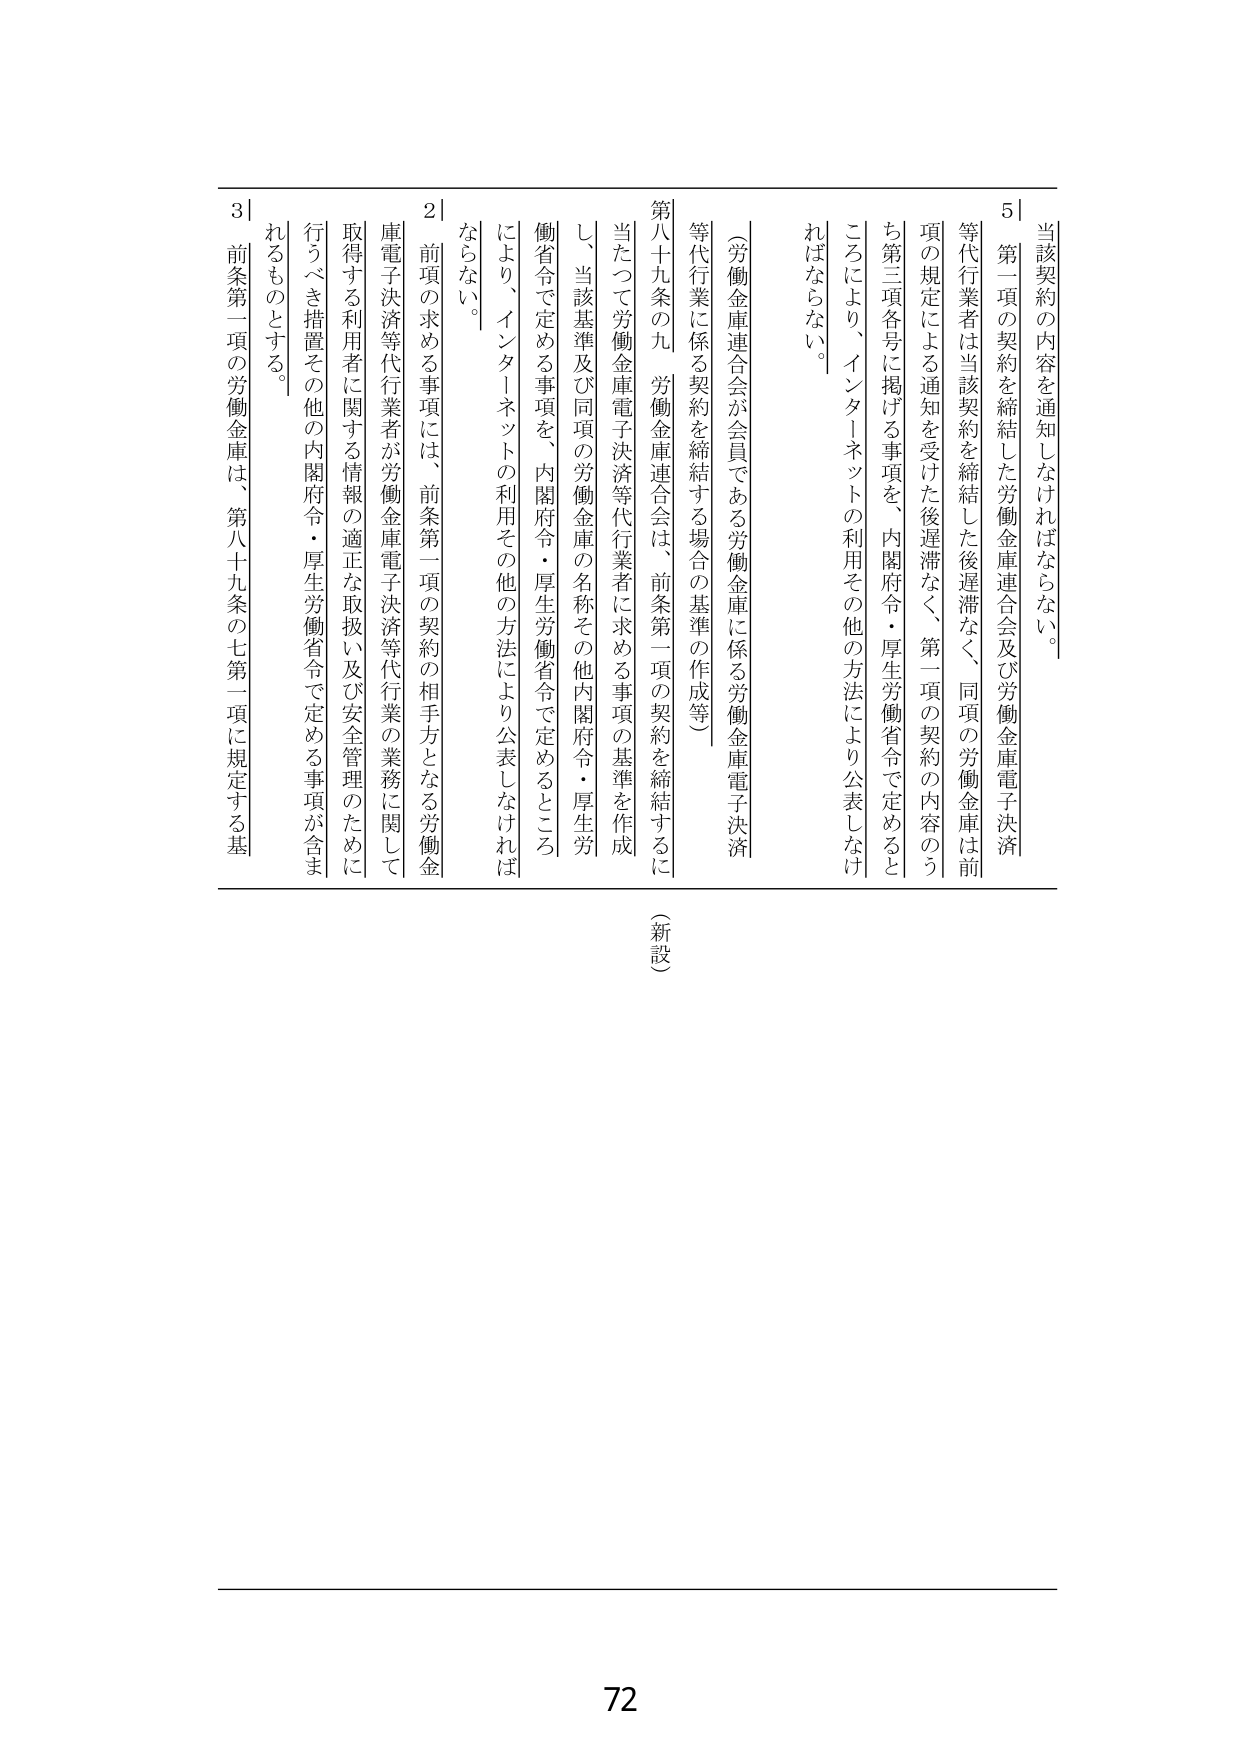
当該契約の内容を通知しなければならない。

第一項の契約を締結した労働金庫連合会及び労働金庫電子決済等代行業者は当該契約を締結した後遅滞なく、同項の労働金庫は前項の規定による通知を受けた後遅滞なく、第一項の契約の内容のうち第三項各号に掲げる事項を、内閣府令・厚生労働省令で定めるところにより、インターネットの利用その他の方法により公表しなければならない。

（労働金庫連合会が会員である労働金庫に係る労働金庫電子決済等代行業に係る契約を締結する場合の基準の作成等）

第八十九条の九　労働金庫連合会は、前条第一項の契約を締結するに当たって労働金庫電子決済等代行業者に求める事項の基準を作成し、当該基準及び同項の労働金庫の名称その他内閣府令・厚生労働省令で定める事項を、内閣府令・厚生労働省令で定めるところにより、インターネットの利用その他の方法により公表しなければならない。

２　前項の求める事項には、前条第一項の契約の相手方となる労働金庫電子決済等代行業者が労働金庫電子決済等代行業の業務に関して取得する利用者に関する情報の適正な取扱い及び安全管理のために行うべき措置その他の内閣府令・厚生労働省令で定める事項が含まれるものとする。

３　前条第一項の労働金庫は、第八十九条の七第一項に規定する基

（新設）

72